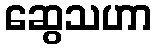
ဆွေသဟာ